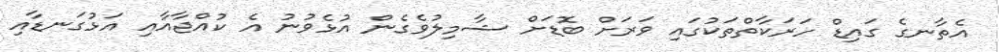
އެތާނގެ ގައިޑް ހަރަކާތްތަކުގައި ވަރަށް ބޮޑަށް ޝާމިލުވެގެން އުޅެވުނު އެ ކުއްޖާއާއި އަޅުގަނޑާއި